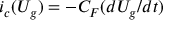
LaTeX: i _ { c } ( U _ { g } ) = - C _ { F } ( d U _ { g } / d t )